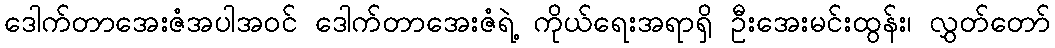
ဒေါက်တာအေးဇံအပါအဝင် ဒေါက်တာအေးဇံရဲ့ ကိုယ်ရေးအရာရှိ ဦးအေးမင်းထွန်း၊ လွှတ်တော်